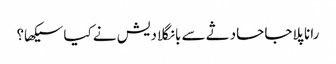
رانا پلاجا حادثے سے بانگلادیش نے کیا سیکھا؟